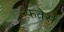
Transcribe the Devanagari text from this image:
फतेर्स